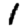
Digit: 1